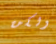
ولكن